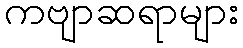
ကဗျာဆရာများ